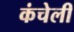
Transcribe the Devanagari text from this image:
कंचेली